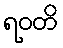
ရဝတိ